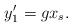
LaTeX: \begin{align*}y'_{1} = g x_s.\end{align*}